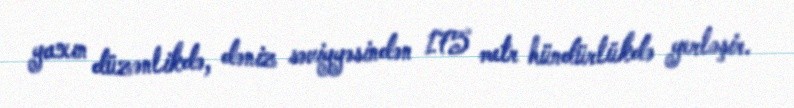
yaxın düzənlikdə, dəniz səviyyəsindən 175 metr hündürlükdə yerləşir.